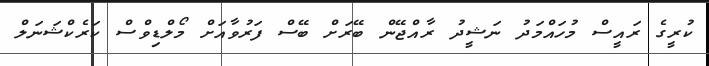
ކުރީގެ ރައީސް މުހައްމަދު ނަޝީދު ރާއްޖޭން ބޭރަށް ބޭސް ފަރުވާއަށް މޯލްޑިވްސް ކަރެކްޝަނަލް